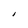
Character: I